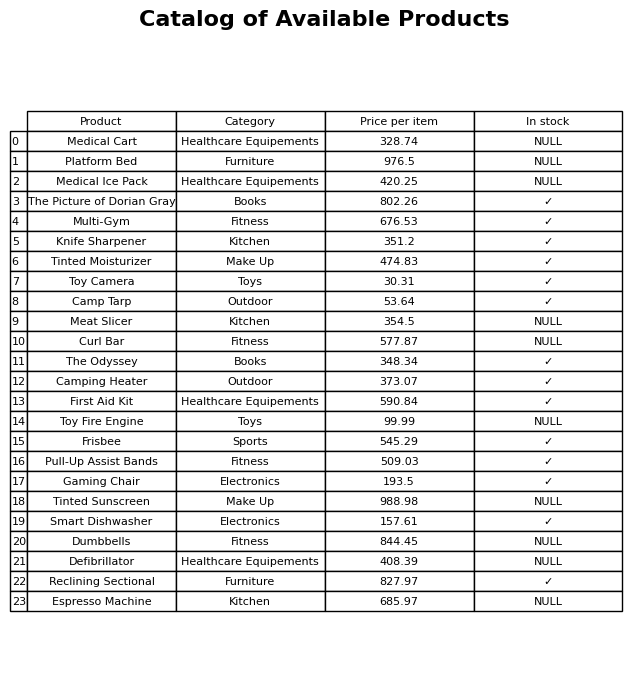
question: What is the price for Camping Heater?
answer: The price of Camping Heater is 373.07.